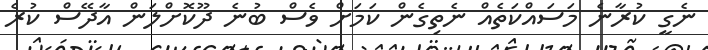
ނެގީ ކުރާނެ މަސައްކަތެއް ނެތިގެން ކަމަށް ވެސް ބުނެ ދޫކޮށްލަން އާދޭސް ކުރެ